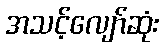
အသင့်လျော်ဆုံး